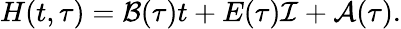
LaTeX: H(t,\tau)={\cal B}(\tau)t+E(\tau){\cal I}+{\cal A}(\tau).